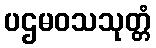
ပဌမဝသသုတ္တံ